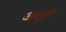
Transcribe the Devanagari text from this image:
अक्ष्रर